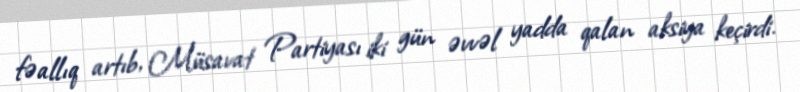
fəallıq artıb, Müsavat Partiyası iki gün əvvəl yadda qalan aksiya keçirdi.